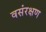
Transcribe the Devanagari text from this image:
वसंरक्षण